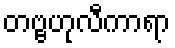
တဗ္ဗဟုလီကာရာ